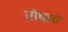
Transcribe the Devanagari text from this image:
रोषाचे